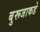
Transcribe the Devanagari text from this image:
बुरूजाकडे